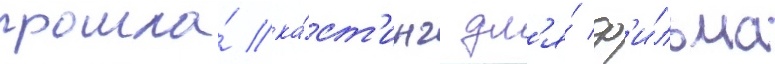
прошла́ ка́ст'инг дл'я́ ф'и́льма